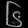
Digit: ၆